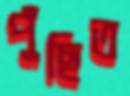
পুঁছিত